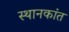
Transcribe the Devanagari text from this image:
स्थानकांत